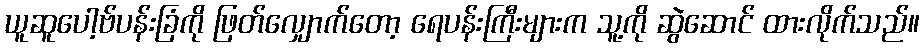
ယူဆူပေါ့ဗ်ပန်းခြံကို ဖြတ်လျှောက်တော့ ရေပန်းကြီးများက သူ့ကို ဆွဲဆောင် ထားလိုက်သည်။